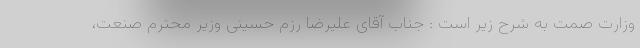
وزارت صمت به شرح زیر است : جناب آقای علیرضا رزم حسینی وزیر محترم صنعت،